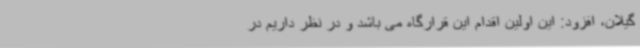
گیلان، افزود: این اولین اقدام این قرارگاه می باشد و در نظر داریم در